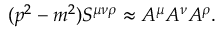
( p ^ { 2 } - m ^ { 2 } ) S ^ { \mu \nu \rho } \approx A ^ { \mu } A ^ { \nu } A ^ { \rho } .